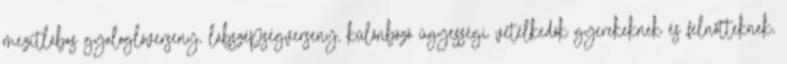
mezitlábas gyaloglóverseny, lábszépségverseny, különbözõ ügyességi vetélkedõk gyerekeknek és felnõtteknek,